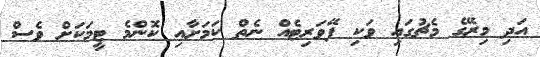
އަދި މިރޭގެ މެޗުގައި ވަކި ފޭވަރިޓެއް ނެތް ކަމަށާއި ކޮންމެ ޓީމަކަށް ވެސް